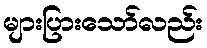
များပြားသော်လည်း